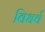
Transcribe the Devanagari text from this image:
विधर्व